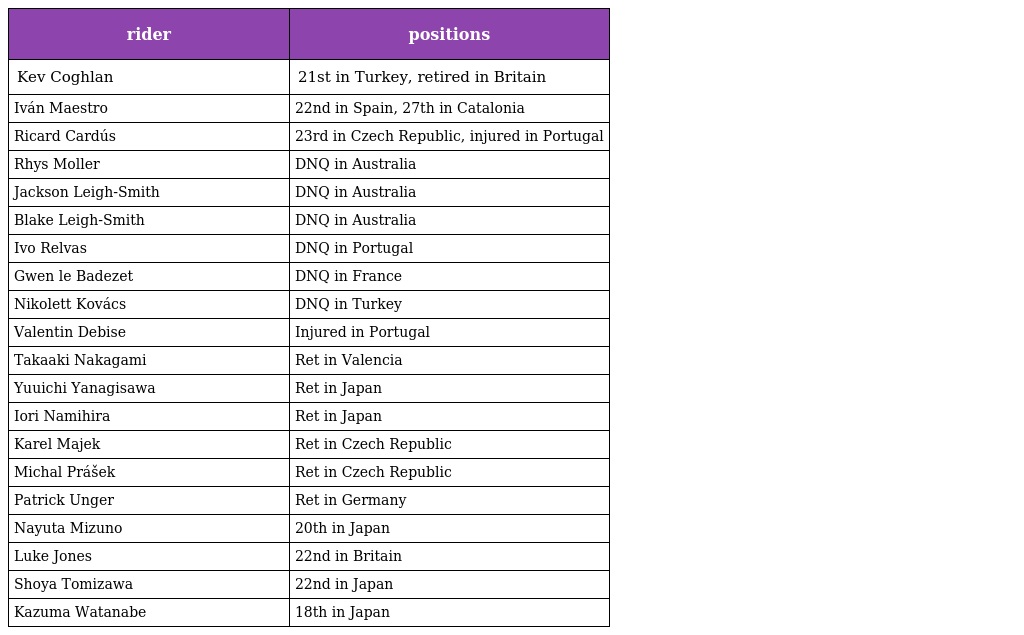
| rider | positions |
 | --- | --- |
 | Kev Coghlan | 21st in Turkey, retired in Britain |
 | Iván Maestro | 22nd in Spain, 27th in Catalonia |
 | Ricard Cardús | 23rd in Czech Republic, injured in Portugal |
 | Rhys Moller | DNQ in Australia |
 | Jackson Leigh-Smith | DNQ in Australia |
 | Blake Leigh-Smith | DNQ in Australia |
 | Ivo Relvas | DNQ in Portugal |
 | Gwen le Badezet | DNQ in France |
 | Nikolett Kovács | DNQ in Turkey |
 | Valentin Debise | Injured in Portugal |
 | Takaaki Nakagami | Ret in Valencia |
 | Yuuichi Yanagisawa | Ret in Japan |
 | Iori Namihira | Ret in Japan |
 | Karel Majek | Ret in Czech Republic |
 | Michal Prášek | Ret in Czech Republic |
 | Patrick Unger | Ret in Germany |
 | Nayuta Mizuno | 20th in Japan |
 | Luke Jones | 22nd in Britain |
 | Shoya Tomizawa | 22nd in Japan |
 | Kazuma Watanabe | 18th in Japan |